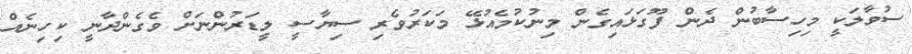
ސުވާލަކީ މިހިސާބުން ދެން ފޫގަޅައިގެން މިނުކުމެއުޅޭ މަކަރުވެރި ސިޔާސީ ލީޑަރުންނަށް ވެގެންދާނީ ކިހިނެއް